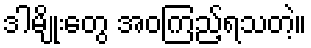
ဒါမျိုးတွေ အဝကြည့်ရသတဲ့။